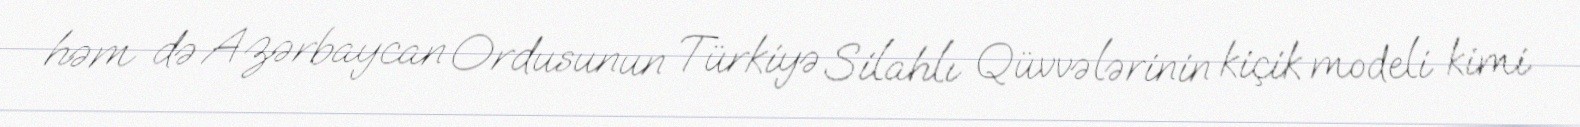
həm də Azərbaycan Ordusunun Türkiyə Silahlı Qüvvələrinin kiçik modeli kimi